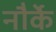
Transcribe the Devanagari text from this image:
नौर्के